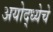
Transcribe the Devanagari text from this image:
अयोद्ध्येचे